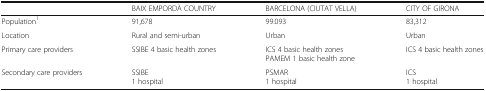
<table><thead><tr><td></td><td><b>BAIX EMPORDÀ COUNTRY</b></td><td><b>BARCELONA (CIUTAT VELLA)</b></td><td><b>CITY OF GIRONA</b></td></tr></thead><tbody><tr><td>Population<sup>1</sup></td><td>91,678</td><td>99.093</td><td>83,312</td></tr><tr><td>Location</td><td>Rural and semi-urban</td><td>Urban</td><td>Urban</td></tr><tr><td>Primary care providers</td><td>SSIBE 4 basic health zones</td><td>ICS 4 basic health zonesPAMEM 1 basic health zone</td><td>ICS 4 basic health zones</td></tr><tr><td>Secondary care providers</td><td>SSIBE1 hospital</td><td>PSMAR1 hospital</td><td>ICS1 hospital</td></tr></tbody></table>